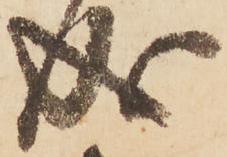
成